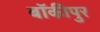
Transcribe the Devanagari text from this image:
बॉकीपुर